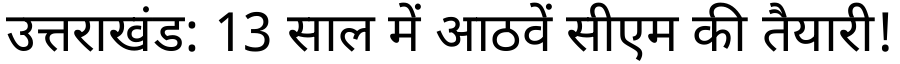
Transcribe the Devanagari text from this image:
उत्तराखंड: 13 साल में आठवें सीएम की तैयारी!